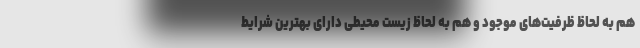
هم به لحاظ ظرفیت‌های موجود و هم به لحاظ زیست محیطی دارای بهترین شرایط